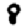
Digit: 8